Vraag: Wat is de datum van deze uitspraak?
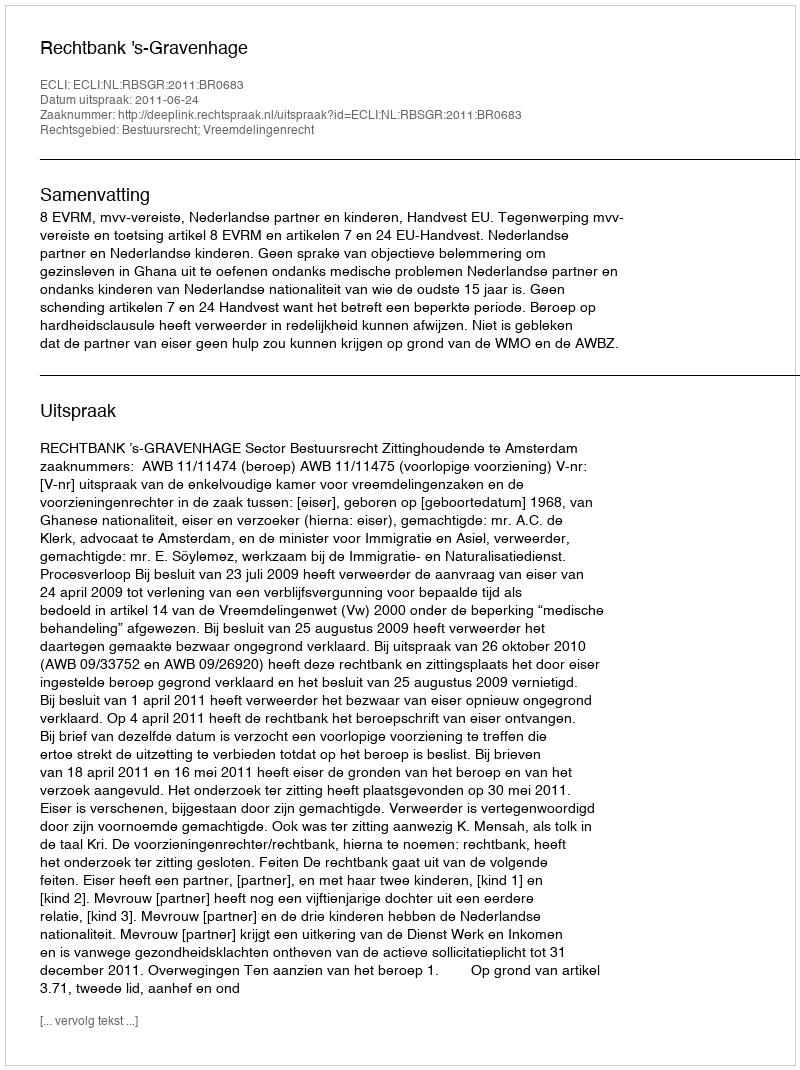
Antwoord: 2011-06-24